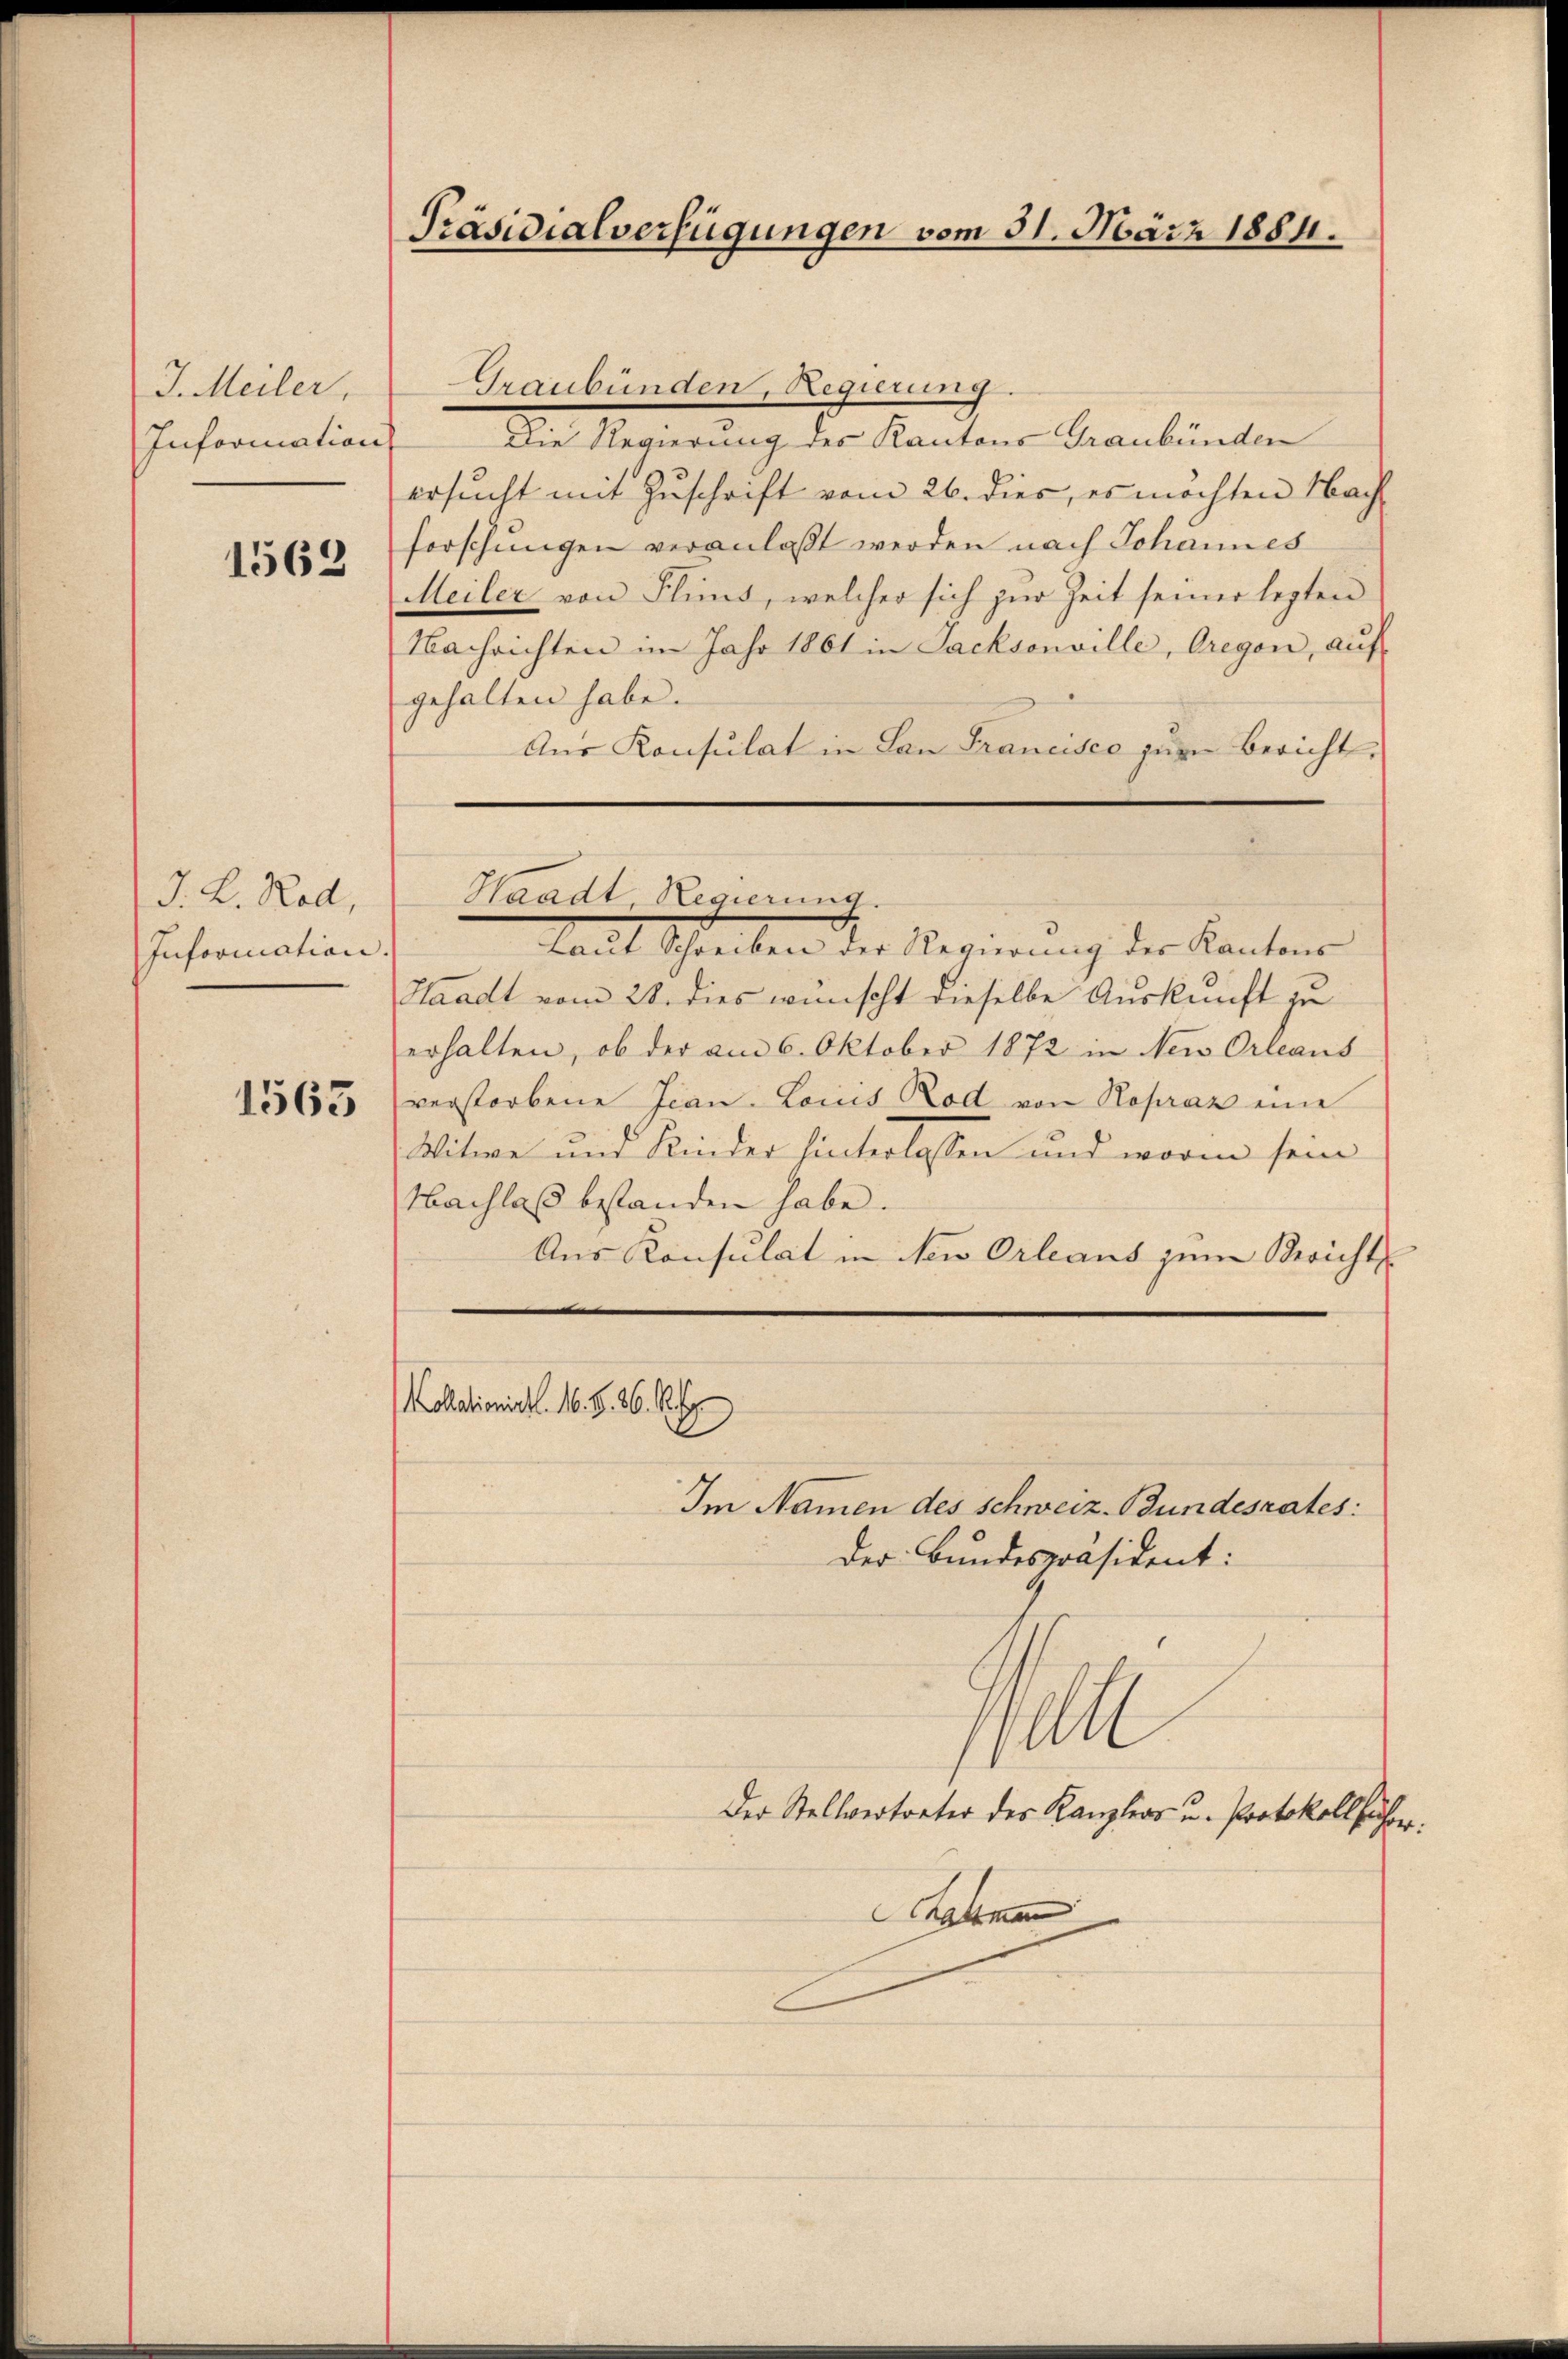
J. Meiler,
Information

1562

J. L. Rod,
Information

1563

Präsidialverfügungen vom 31. März 1884.

Graubünden, Regierung.
Die Regierung des Kantons Graubünden
ersucht mit Zuschrift vom 26. dies, es möchten Nach-
forschungen veranlaßt werden nach Johannes
Meiler von Flins, welcher sich zur Zeit seiner lezten
Nachrichten im Jahr 1861 in Sacksonville, Cregen, aŭf
gehalten habe.
Aus Konsulat in Lan Francisco zur Bericht

¬

Laut Schreiben der Regierung der Kantons
Waadt vom 28. dies wünscht dieselbe Auskunft zu
erhalten, ob der am 6. Oktober 1872 in Neu Orleans
verstorbene Jian-Locus Rod von Hopraz eine
Witwe und Kinder hinterlassen und worin sein
Nachlaß bestanden habe.
Aus Konsulat in den Orleans zum Bericht
Im Namen des Schweiz-Bundesrates:
Der Bundespräsident:
l
Der Stellvertreter des Kanzlers u. Protokollführer.
Sahnen

Waadt, Regierung.

Kollationirt. 16. S. 26. Ap